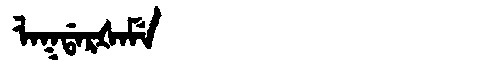
Manchu: ᠯᠠᡴᡩᠠᡵᡧᠠᠮᡝ
Romanization: LAKDARŠAME